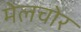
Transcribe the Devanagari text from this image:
मेलचोर